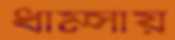
ধাম্‌সায়